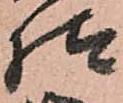
様